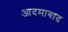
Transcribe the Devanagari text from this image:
आदमाबाद